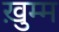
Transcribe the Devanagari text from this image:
ख़ुम्म